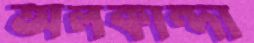
অলকান্দা